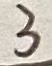
Text: 3